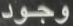
وجود